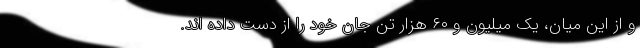
و از این میان، یک میلیون و ۶۰ هزار تن جان خود را از دست داده اند.